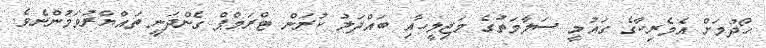
ހޯދުމަށް އެމެރިކާގެ ގައުމީ ސަލާމަތުގެ މަޖިލީހާއި ބައްދަލު ކުރަން ޓްރަމްޕް ގެންދަނީ ތައްޔާރުވަމުންނެވެ.